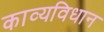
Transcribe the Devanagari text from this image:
काव्यविधान